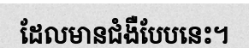
ដែលមានជំងឺបែបនេះ។